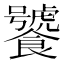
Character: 饕